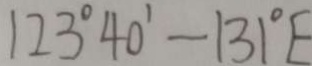
1 2 3 ^ { \circ } 4 0 ^ { \prime } - 1 3 1 ^ { \circ } E